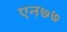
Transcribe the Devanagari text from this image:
एन७७